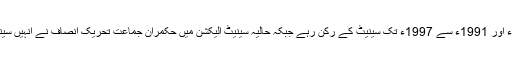
مولانا سمیع الحق دو بار 1985ء سے 1991ء اور 1991ء سے 1997ء تک سینیٹ کے رکن رہے جبکہ حالیہ سینیٹ الیکشن میں حکمران جماعت تحریک انصاف نے انہیں سینیٹ کا ٹکٹ دیا تھا تاہم وہ کامیاب نہ ہو سکے۔